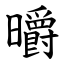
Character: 㬭